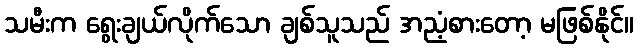
သမီးက ရွေးချယ်လိုက်သော ချစ်သူသည် အညံ့စားတော့ မဖြစ်နိုင်။